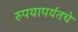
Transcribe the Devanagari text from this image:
रुपयापर्यंतचे